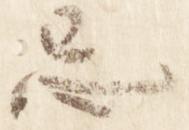
忌